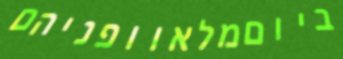
ביוםמלאוופניהם